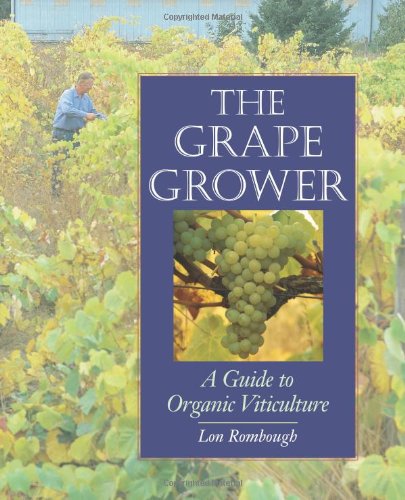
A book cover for The Grape Grower: A Guide to Organic Viticulture; Lon J. Rombough; Crafts, Hobbies & Home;